Civil Veterinary Department Bengal reports 1923-33 - 1923-1933
Year: 1923
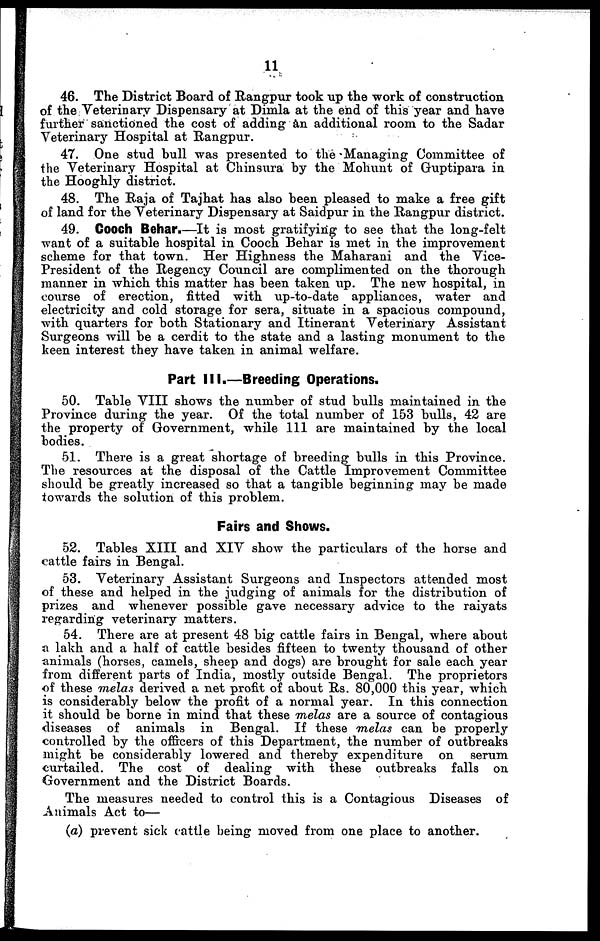
11
46. The District Board of Rangpur took up the work of construction
of the Veterinary Dispensary at Dimla at the end of this year and have
further sanctioned the cost of adding an additional room to the Sadar
Veterinary Hospital at Rangpur.
47. One stud bull was presented to the Managing Committee of
the Veterinary Hospital at Chinsura by the Mohunt of Guptipara in
the Hooghly district.
48. The Raja of Tajhat has also been pleased to make a free gift
of land for the Veterinary Dispensary at Saidpur in the Rangpur district.
49. Cooch Behar.—It is most gratifying to see that the long-felt
want of a suitable hospital in Cooch Behar is met in the improvement
scheme for that town. Her Highness the Maharani and the Vice-
President of the Regency Council are complimented on the thorough
manner in which this matter has been taken up. The new hospital, in
course of erection, fitted with up-to-date appliances, water and
electricity and cold storage for sera, situate in a spacious compound,
with quarters for both Stationary and Itinerant Veterinary Assistant
Surgeons will be a cerdit to the state and a lasting monument to the
keen interest they have taken in animal welfare.
Part III.—Breeding Operations.
50. Table VIII shows the number of stud bulls maintained in the
Province during the year. Of the total number of 153 bulls, 42 are
the property of Government, while 111 are maintained by the local
bodies.
51. There is a great shortage of breeding bulls in this Province.
The resources at the disposal of the Cattle Improvement Committee
should be greatly increased so that a tangible beginning may be made
towards the solution of this problem.
Fairs and Shows.
52. Tables XIII and XIV show the particulars of the horse and
cattle fairs in Bengal.
53. Veterinary Assistant Surgeons and Inspectors attended most
of these and helped in the judging of animals for the distribution of
prizes and whenever possible gave necessary advice to the raiyats
regarding veterinary matters.
54. There are at present 48 big cattle fairs in Bengal, where about
a lakh and a half of cattle besides fifteen to twenty thousand of other
animals (horses, camels, sheep and dogs) are brought for sale each year
from different parts of India, mostly outside Bengal. The proprietors
of these melas derived a net profit of about Rs. 80,000 this year, which
is considerably below the profit of a normal year. In this connection
it should be borne in mind that these melas are a source of contagious
diseases of animals in Bengal. If these melas can be properly
controlled by the officers of this Department, the number of outbreaks
might be considerably lowered and thereby expenditure on serum
curtailed. The cost of dealing with these outbreaks falls on
Government and the District Boards.
The measures needed to control this is a Contagious Diseases of
Animals Act to—
(a) prevent sick cattle being moved from one place to another.